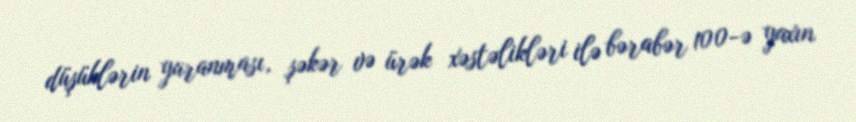
düşüklərin yaranması, şəkər və ürək xəstəlikləri ilə bərabər 100-ə yaxın